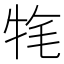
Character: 𤙚